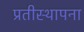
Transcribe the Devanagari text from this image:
प्रतीस्थापना